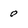
Character: 0